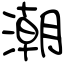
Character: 潮